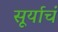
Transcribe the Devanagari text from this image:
सूर्याचं